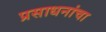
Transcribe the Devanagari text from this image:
प्रसाधनांचा